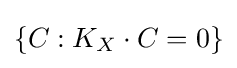
\{C:K_{X}\cdot C=0\}